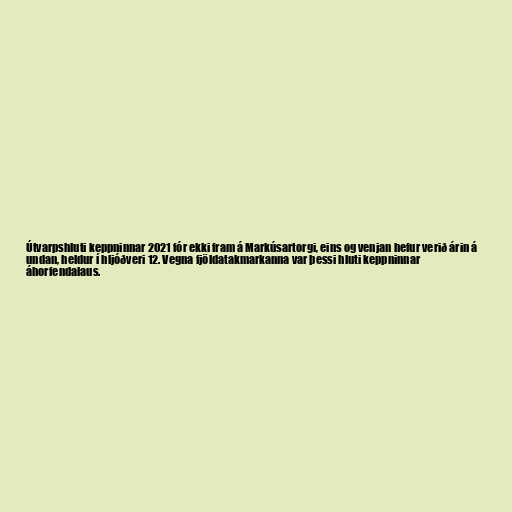
Útvarpshluti keppninnar 2021 fór ekki fram á Markúsartorgi, eins og venjan hefur verið árin á
undan, heldur í hljóðveri 12. Vegna fjöldatakmarkanna var þessi hluti keppninnar
áhorfendalaus.